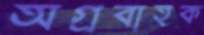
অগ্রবাহক